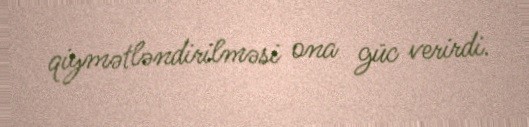
qiymətləndirilməsi ona güc verirdi.